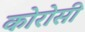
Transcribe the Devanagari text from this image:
कोरोसी